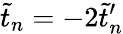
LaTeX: \tilde{t}_{n}=-2\tilde{t}_{n}^{\prime}